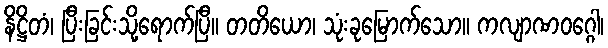
နိဋ္ဌိတံ၊ ပြီးခြင်းသို့ရောက်ပြီ။ တတိယော၊ သုံးခုမြောက်သော။ ကလျာဏဝဂ္ဂေါ၊